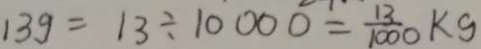
1 3 g = 1 3 \div 1 0 0 0 0 = \frac { 1 3 } { 1 0 0 0 } k g